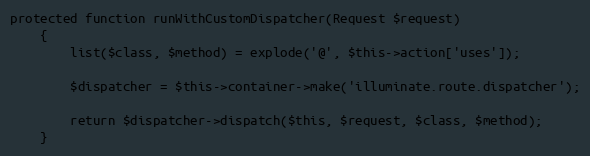
Language: PHP
protected function runWithCustomDispatcher(Request $request)
	{
		list($class, $method) = explode('@', $this->action['uses']);

		$dispatcher = $this->container->make('illuminate.route.dispatcher');

		return $dispatcher->dispatch($this, $request, $class, $method);
	}